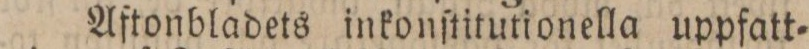
Aftonbladets inkonſtitutionella uppfatt=